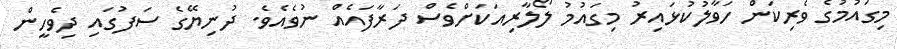
މިގައުމުގެ ވެރިކަން ހަވާލުކުޅައިރު މިގައުމު ލޯލާރިއަކަށްވެސް ދަރާފައެއް ނުވެއެވެ. ދުނިޔޭގެ ސަފުގައި ދިވެހީން